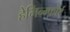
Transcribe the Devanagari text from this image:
हेमिन्ग्फ़ोर्ड